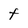
Character: t